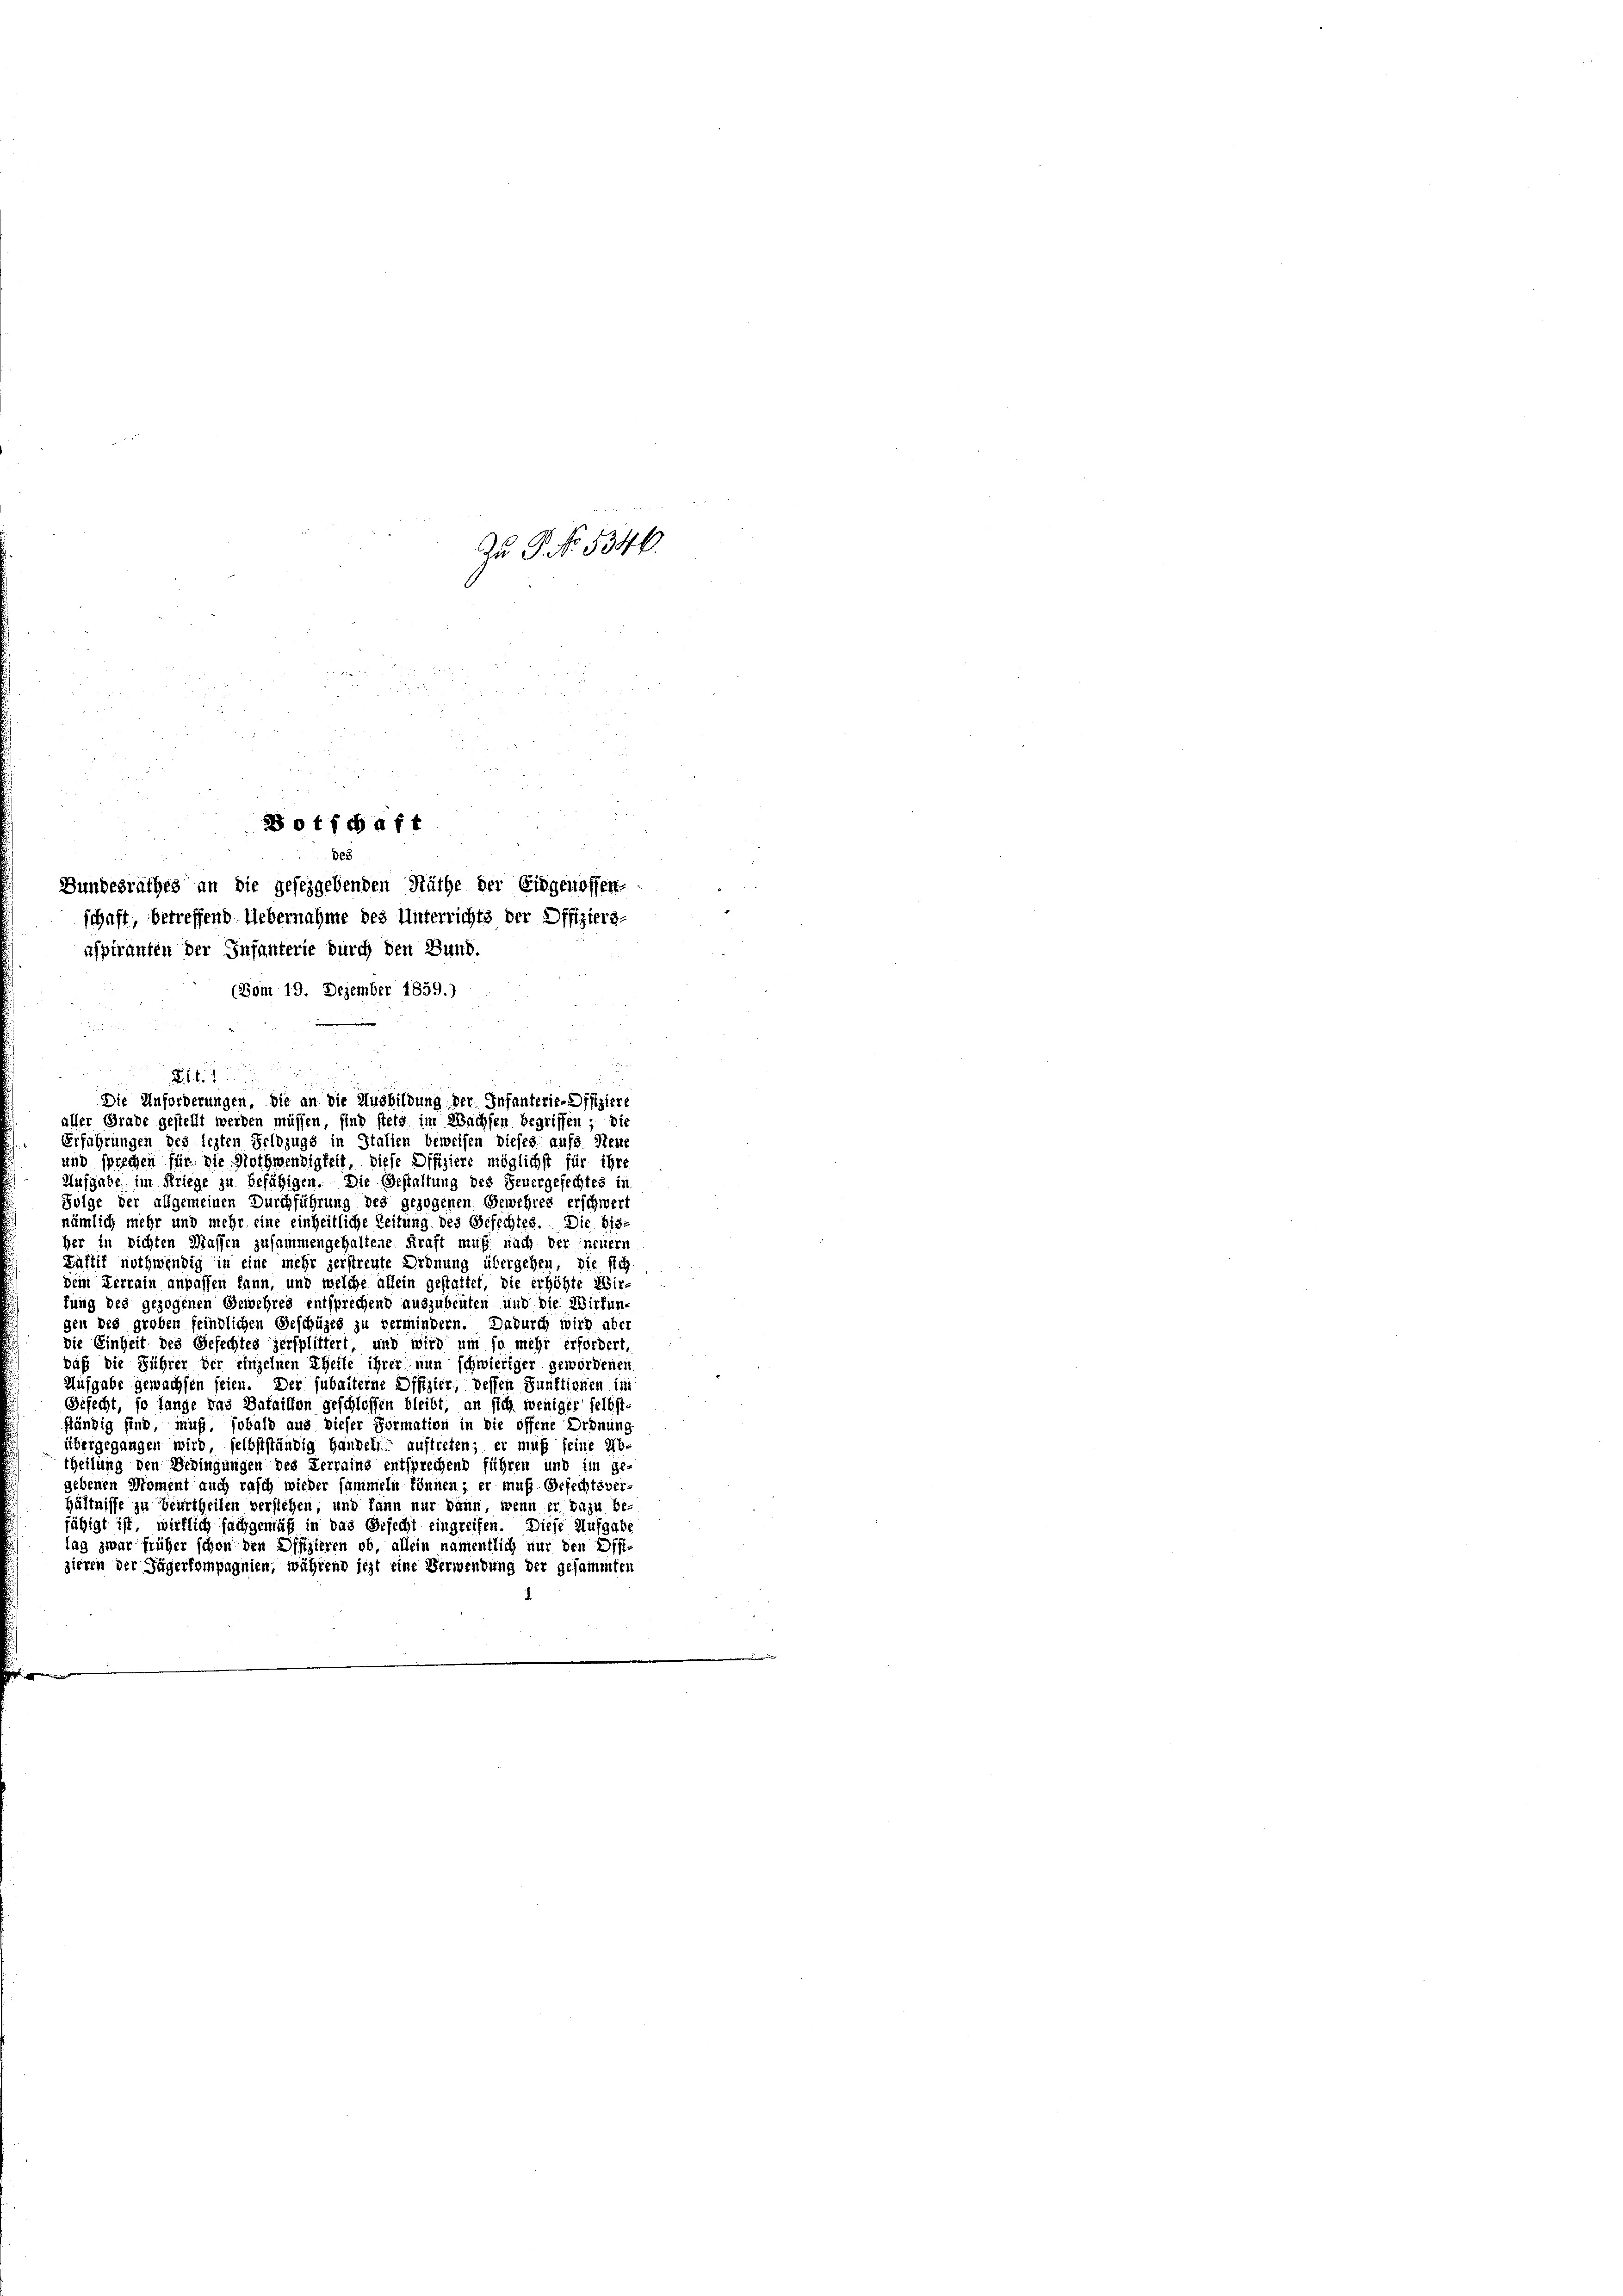
Zu P. NNo. 5346.

otfchaft
des
Bundesrathes an die geseggebenden Räthe der Eidgenossen-
schaft, betreffend Uebernahme des Unterrichts der Offiziergaspiranten der Infanterie durch den Bund.
(Vom 19. Dezember 1859.)

Erfahrungen des lezten Feldzugs in Italien beweisen dieses aufs Steue
und sprechen für die Nothwendigkeit, diese Offiziere möglichst für ihre
Aufgabe im Kriege zu befähigen. Die Gestaltung des Feuergefechtes in
Folge der allgemeinen Durchführung des gezogenen Gewehres erschwert
nämlich mehr und mehr eine einheitliche Zeitung des Gefechtes. Die bisher in sichten Massen zusammengehaltene Kraft muß nach der neuern
Laftif nothwendig in eine mehr zerstreute Ordnung übergehen, die sich
Dein Terrain anpassen kann, und welche allein gestattet, die erhöhte Wir-
fung des gezogenen Gewehres entsprechend auszubeuten und die Wirkun
gen des großen feindlichen Geschüzes zu vermindern. Dadurch wird aber
die Einheit des Gefechtes zersplittert, und wird um so mehr erfordert,
daß die Führer der einzelnen Theile ihrer nun schwieriger gewordenen
Aufgabe gewachsen seien. Der subalterne Offizier, dessen Funktionen im
Gefecht, so lange das Bataillon geschlossen bleibt, an sich weniger selbst-
ständig sind, muß, sobald aus dieser Formation in die offene Ordnung
übergegangen wird, selbstständig handeln auftreten; er muß seine Ab-
theilung den Bedingungen des Terrains entsprechend führen und im ge-
gebenen Moment auch rasch wieder sammeln können; er muß Gefechtsver-
hältnisse zu Beurtheilen verstehen, und kann nur dann, wenn er dazu be
fähigt ist, wirklich sachgemäß in das Gefecht eingreifen. Diese Aufgabe
tag zwar früher schon den Offizieren ob, allein namentlich nur den Offisieren der Jägerkompagnien, während iezt eine Verwendung der gesammten

n
2
Die Anforderungen, die an die Ausbildung der Infanterie-Offiziere
aller Grade gestellt werden müssen, sind stets im Wachsen begriffen; die